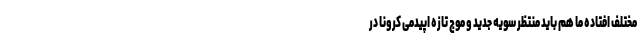
مختلف افتاده ما هم باید منتظر سویه جدید و موج تازه اپیدمی کرونا در